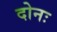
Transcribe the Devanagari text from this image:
दोनः